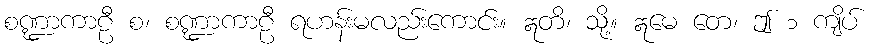
စဏ္ဍာကာဠီ စ၊ စဏ္ဍာကာဠီ ရဟန်းမလည်းကောင်း။ ဣတိ၊ သို့။ ဣမေ တေ၊ ဤ ၁ ကျိပ်